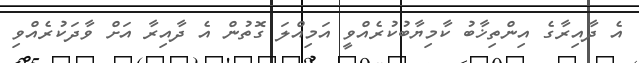
އެ ދާއިރާގެ އިންތިޚާބު ކާމިޔާބުކުރެއްވީ އަމިއްލަ ގޮތުން އެ ދާއިރާ އަށް ވާދަކުރެއްވި